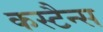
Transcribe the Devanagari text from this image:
कस्टैन्स